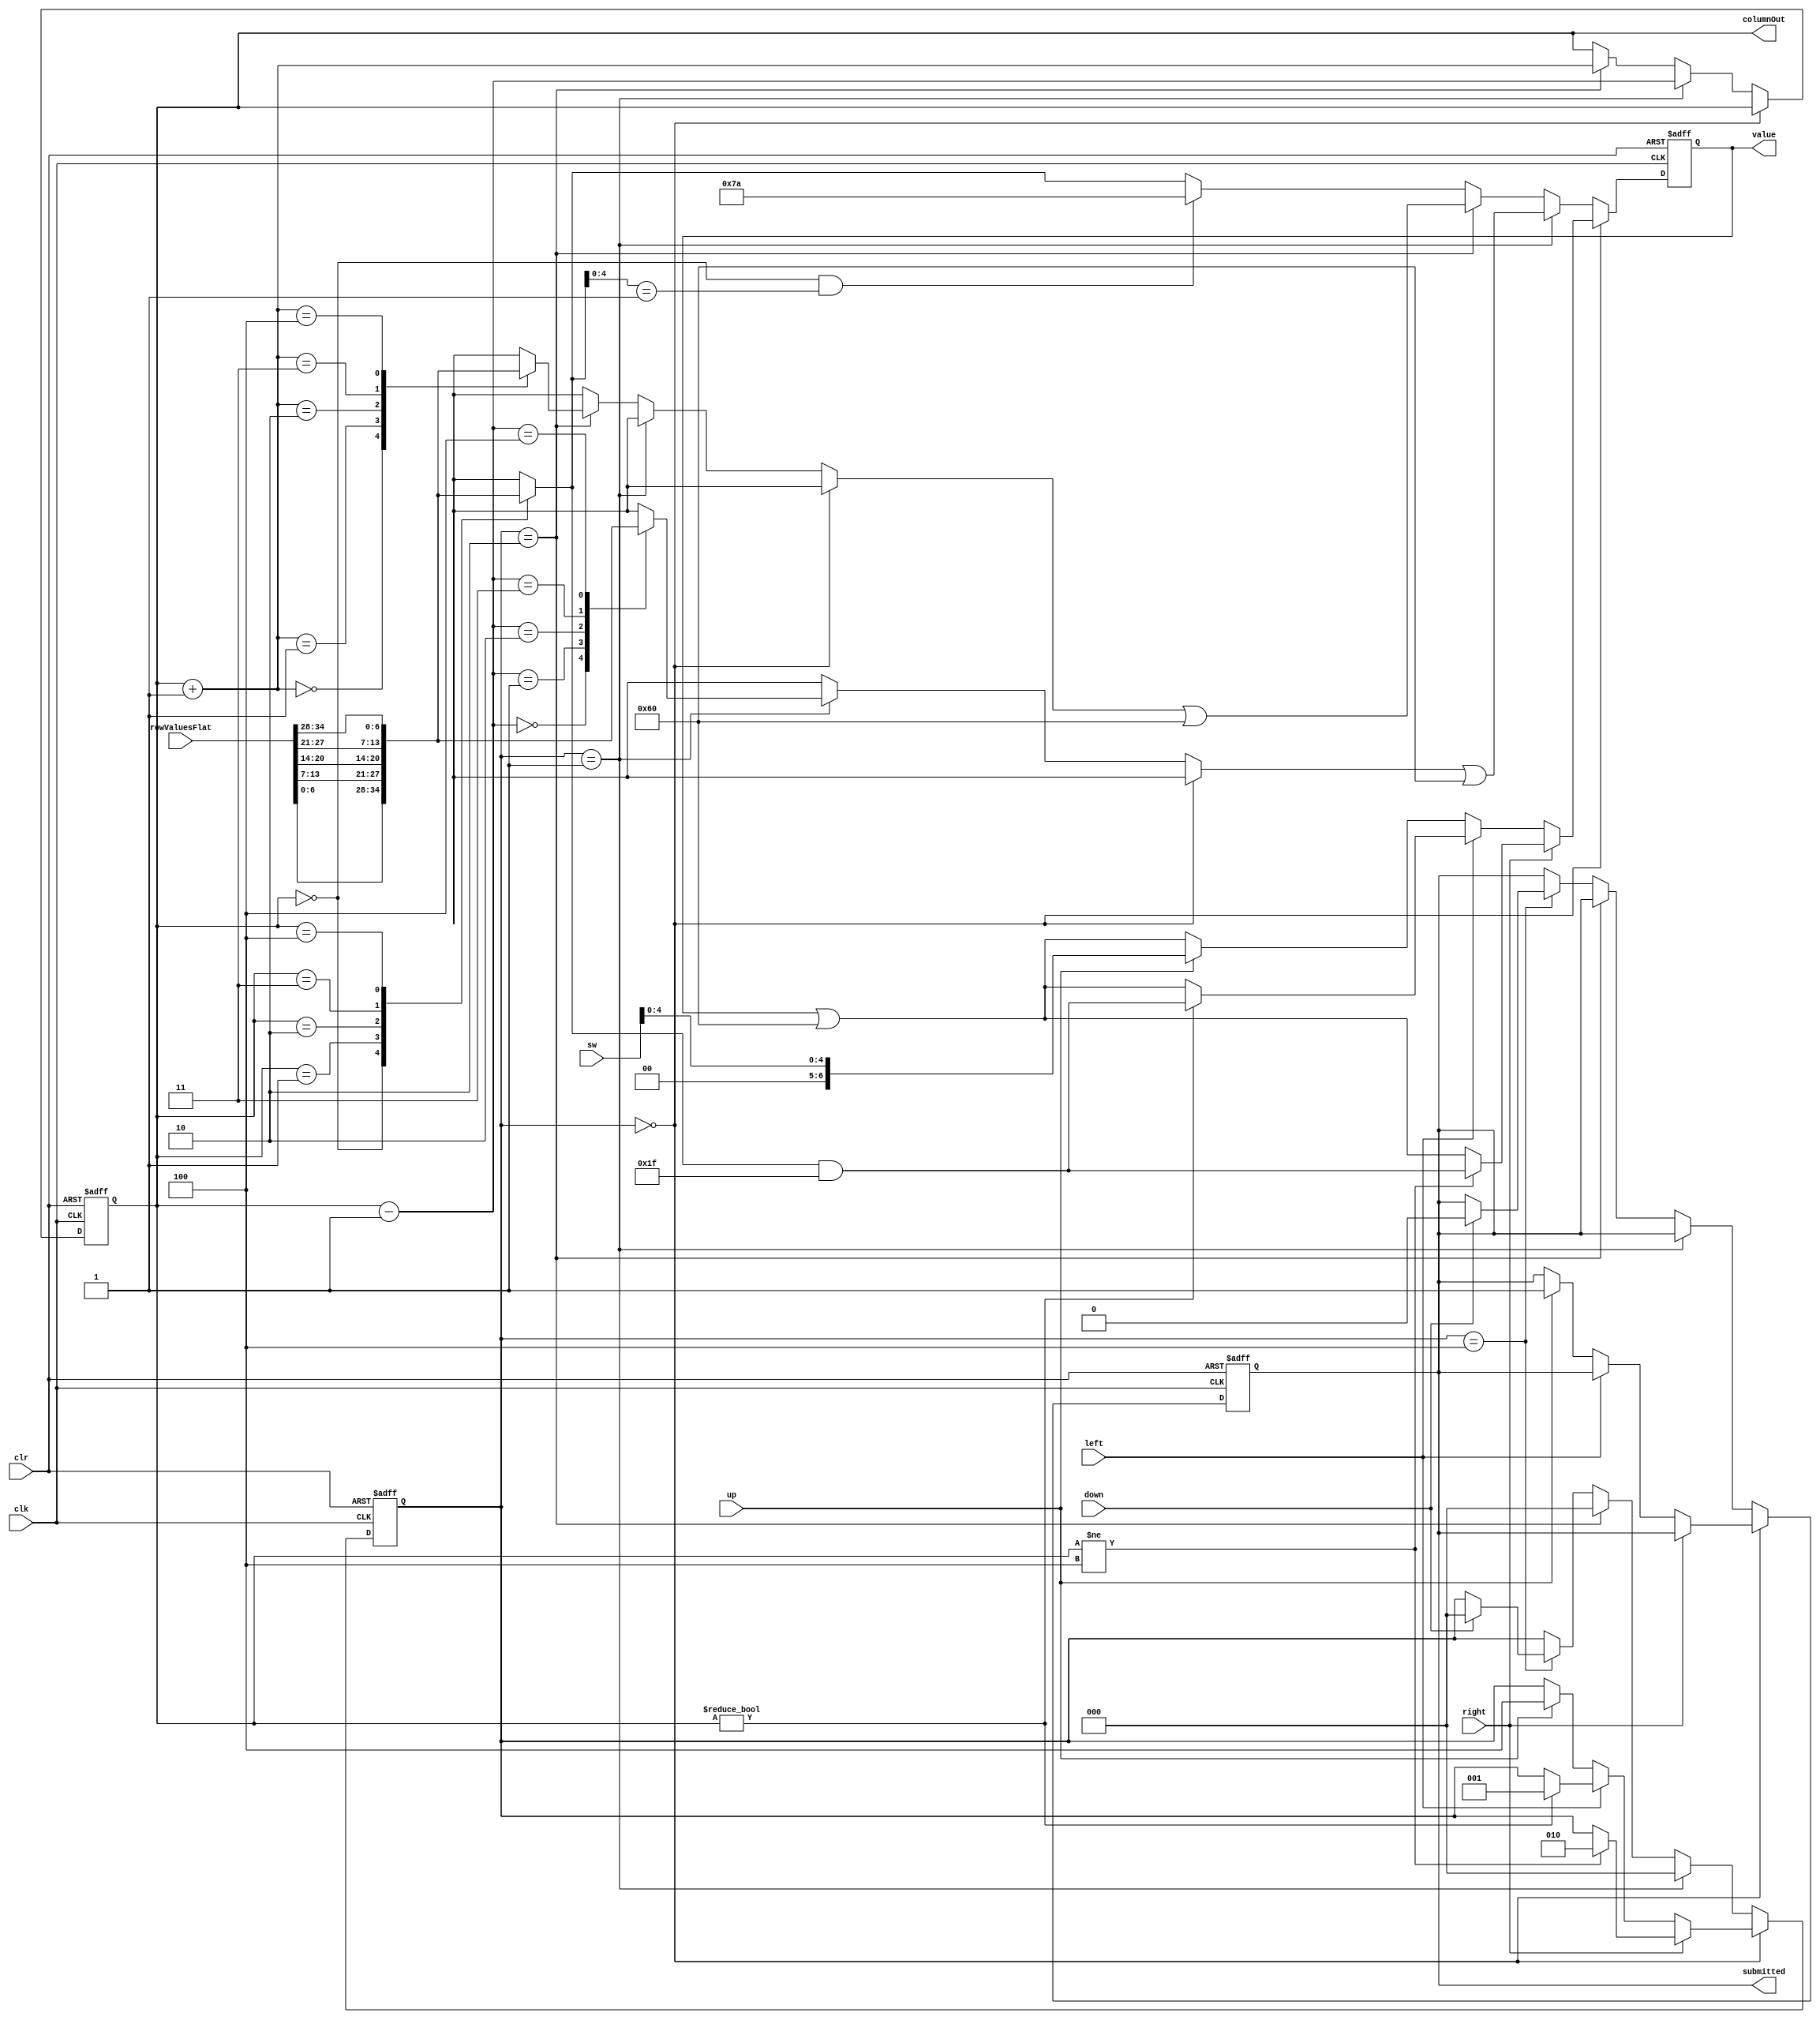
`timescale 1ns / 1ps
//////////////////////////////////////////////////////////////////////////////////
// Company: 
// Engineer: 
// 
// Design Name: 
// Module Name:    selectionStage 
// Project Name: 
// Target Devices: 
// Tool versions: 
// Description: 
//
// Dependencies: 
//
// Revision: 
// Revision 0.01 - File Created
// Additional Comments: 
//
//////////////////////////////////////////////////////////////////////////////////
module selectionStage(
	input clk,
	input clr,
   	input left, 
   	input right,
   	input up,
   	input down,
	input [7:0] sw,
   	input [34:0] rowValuesFlat,
   	output [2:0] columnOut,
   	output submitted,
	output [6:0] value
	);


	wire [6:0] rowValues [0:4];
	assign rowValues[0] = rowValuesFlat[6:0];
	assign rowValues[1] = rowValuesFlat[13:7];
	assign rowValues[2] = rowValuesFlat[20:14];
	assign rowValues[3] = rowValuesFlat[27:21];
	assign rowValues[4] = rowValuesFlat[34:28];

    reg submit = 0;
	 
	localparam NORMAL = 2'b00;
	localparam LEFT_TRANSITION = 2'b01;
	localparam RIGHT_TRANSITION = 2'b10;
	localparam ROW_TRANSITION = 2'b11;
	localparam WAIT = 3'b100;
	 
	reg [2:0] state = NORMAL;

    reg [2:0] column;
    reg [6:0] currentValue; 
	 
    assign submitted=submit;
    assign columnOut=column;  
    
	 
    wire [4:0] currentLetter;
    assign currentLetter = sw[4:0];  
    wire [6:0] last_time_letter;  
    assign last_time_letter = rowValues[column];  
    
 /*     
always @(posedge clr)  
begin  
  state <= WAIT;
  column <= 0;
	submit <= 0; 
  currentValue <= 7'b1111010;  
end  
*/  
   
	 
always @(posedge clk or posedge clr) //always gonna be grey here
begin   
  
	if (clr) 
	begin
		state <= WAIT;
		column <= 0;
		submit <= 0; 
        currentValue <= 7'b1111010;   
        //doneGame <= 0;
        //value <= 0;
	 end   
   
	 else 
	 begin  
   if(column == 0 && last_time_letter[4:0] == 5'b00001)  
   begin  
    currentValue <= 7'b1111010;  
   end  
   else  
   begin  
   currentValue <= last_time_letter;  
   end  
   
		if (state == NORMAL) 
		begin
		/*
			if(currentLetter >= 5'd25)
			begin
				currentValue[4:0] <= 0;
			end
			else
			begin
				currentValue[4:0] <= currentLetter;
			end
		
    		else */
    		currentValue <= currentValue | 7'b1100000;
    		if(right) 
    		begin
            	if(column!=4) 
            	begin
					currentValue <= last_time_letter & 7'b0011111;
					state <= RIGHT_TRANSITION;
				end  
        	end
		  	else if(left) 
			begin
        		if(column!=0) 
            	begin
					currentValue <= last_time_letter & 7'b0011111;
					state <= LEFT_TRANSITION;
        		end
    		end
    		else if(up)
    		begin
				//currentValue[4:0] <= sw[4:0];
				submit <= 1;
				currentValue <= {2'b00, sw[4:0]};
				//assign rowValues[column] = currentValue;
    			state <= WAIT;
    		end
		end 
		else if (state == LEFT_TRANSITION) 
		begin
			currentValue <= rowValues[column-1] | 7'b1100000;
			column <= column-1;
			state <= NORMAL;
		end 
		else if (state == RIGHT_TRANSITION) 
		begin
			currentValue<=rowValues[column+1] | 7'b1100000;
			column <= column+1;
			state <= NORMAL;
		end  
        else if (state == WAIT) begin 
			if (down) 
            begin 			
            	submit <= 0; // Problem here !! Not sure if should put this inside the if statement
                state <= NORMAL; 
            end

		end  
    //currentValue <= currentValue & 7'b0011111;
    end  
    
end 

assign columnOut=column;
assign value=currentValue;
assign submitted=submit;

endmodule